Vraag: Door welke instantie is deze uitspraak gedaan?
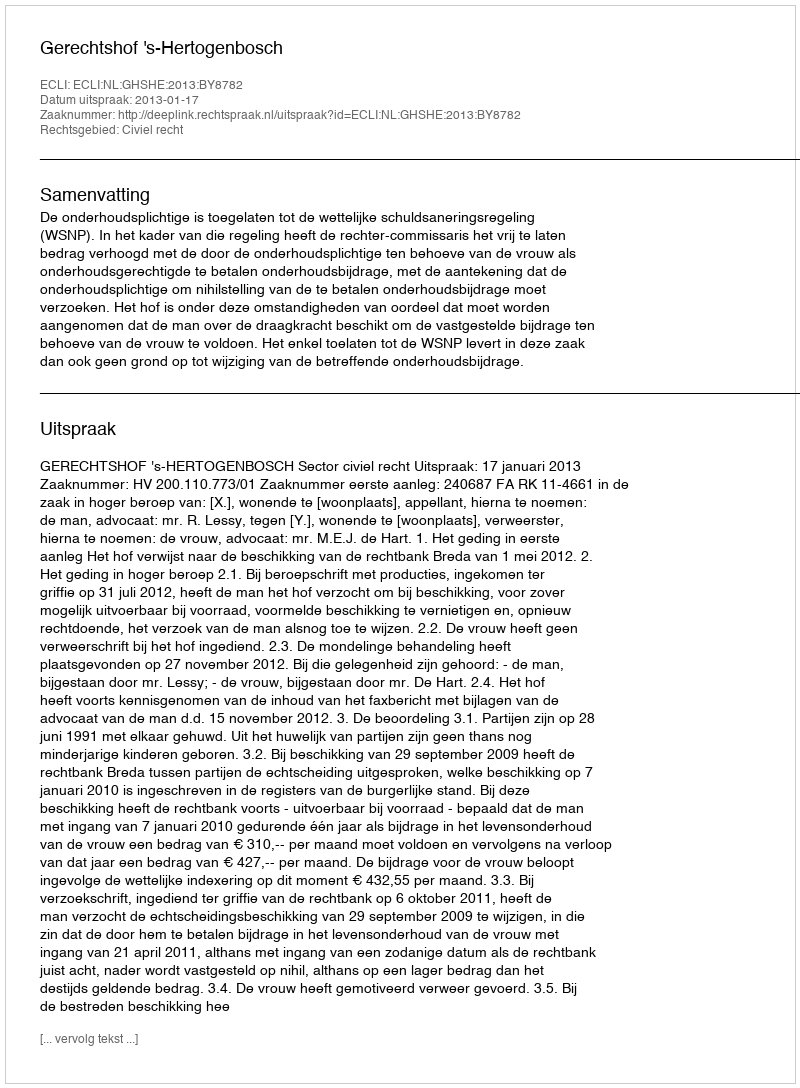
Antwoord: Gerechtshof 's-Hertogenbosch